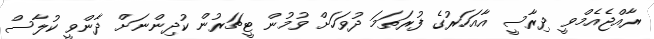
ރާއްޖެއެމްވީ ދިރާސީ އާއަހަރުގެ ފުރަތަމަ ދުވަހަށް ވުމުން ޓީޗަރުން ކުދިންނަށް ދާންވީ ކުލާސް